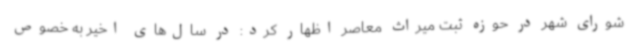
شورای شهر در حوزه ثبت میراث معاصر اظهار کرد: در سال‌های اخیر به خصوص